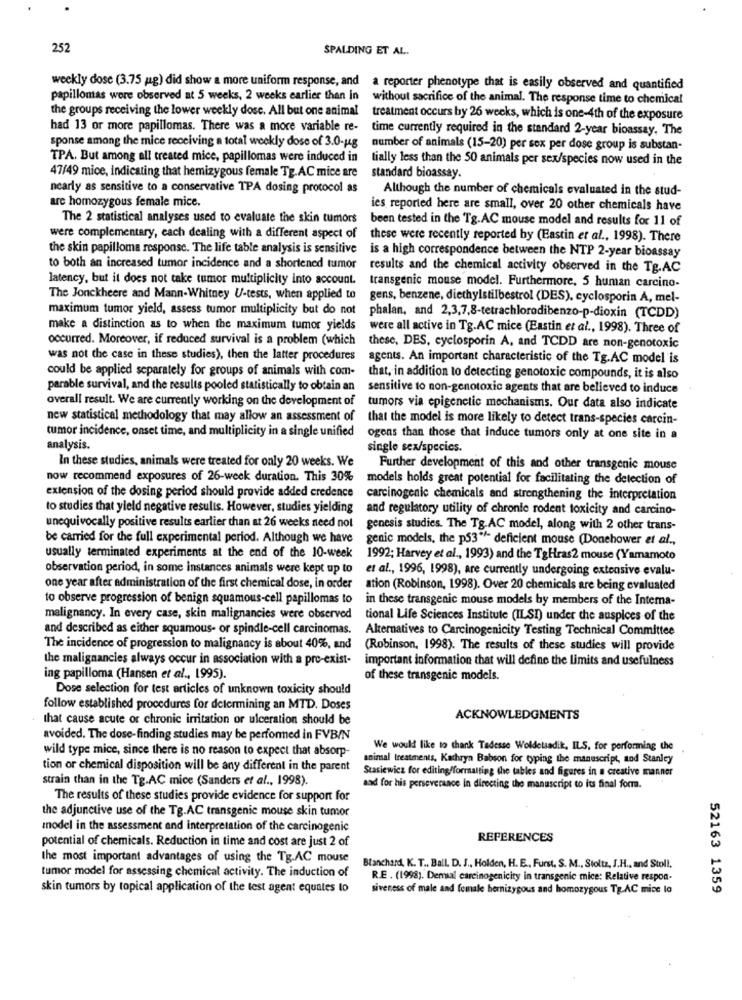
252
SPALDING ET AL.
weekly dose (3.75 pg) did show a more uniform response, and a reporter phenotype that is easily observed and quantified
papillomas were observed at 5 weeks, 2 weeks earlier than in
without sacrifice of the animal. The response time to chemical
the groups receiving the lower weekly dosc. All but one animal
treatment occurs by 26 weeks, which is one-4th of the exposure
had 13 or more papillomas. There was a more variable re-
time currently required in the standard 2-year bioassay. The
sponse among the mice receiving a total weekly dose of 3.0-ug
number of animals (15-20) per sex per dose group is substan-
TPA. But among all treated mice, papillomas were induced in
tially less than the 50 animals per sex/species now used in the
47/49 mice, indicating that hemizygous female Tg.AC mice are
standard bioassay.
nearly as sensitive to a conservative TPA dosing protocol as
Although the number of chemicals evaluated in the stud-
are homozygous female mice.
ies reported here are small, over 20 other chemicals have
The 2 statistical analyses used to evaluate the skin tumors
been tested in the Tg.AC mouse model and results for 11 of
were complementary, each dealing with a different aspect of
these were recently reported by (Eastin et al ., 1998). There
the skin papilloma response. The life table analysis is sensitive
is a high correspondence between the NTP 2-year bioassay
to both an increased tumor incidence and a shortened tumor
results and the chemical activity observed in the Tg.AC
latency, but it does not take tumor multiplicity into account.
transgenic mouse model. Furthermore, 5 human carcino-
The Jonckheere and Mann-Whitney U-tests, when applied to
gens, benzene, diethylstilbestrol (DES), cyclosporin A, mel-
maximum tumor yield, assess tumor multiplicity but do not
phalan, and 2,3,7,8-tetrachlorodibenzo-p-dioxin (TCDD)
make a distinction as to when the maximum tumor yields
were all active in Tg.AC mice (Eastin et al ., 1998). Three of
occurred. Moreover, if reduced survival is a problem (which
these, DES, cyclosporin A, and TCDD are non-genotoxic
was not the case in these studies), then the latter procedures
agents. An important characteristic of the Tg.AC model is
could be applied separately for groups of animals with com-
that, in addition to detecting genotoxic compounds, it is also
parable survival, and the results pooled statistically to obtain an
sensitive to non-genotoxic agents that are believed to induce
overall result. We are currently working on the development of
tumors via epigenetic mechanisms. Our data also indicate
new statistical methodology that may allow an assessment of
that the model is more likely to detect trans-species carcin-
tumor incidence, onset time, and multiplicity in a single unified
ogens than those that induce tumors only at one site in a
analysis.
single sex/species.
In these studies, animals were treated for only 20 weeks. We
Further development of this and other transgenic mouse
now recommend exposures of 26-week duration. This 30%
models holds great potential for facilitating the detection of
extension of the dosing period should provide added credence
carcinogenic chemicals and strengthening the interpretation
to studies that yield negative results. However, studies yielding
and regulatory utility of chronic rodent toxicity and carcino-
unequivocally positive results earlier than at 26 weeks need not
genesis studies. The Tg.AC model, along with 2 other trans-
be carried for the full experimental period. Although we have
genic models, the p53 ** deficient mouse (Donehower et al .,
usually terminated experiments at the end of the 10-week
1992; Harvey et al ., 1993) and the TgHras2 mouse (Yamamoto
observation period, in some instances animals were kept up to
et al ., 1996, 1998), are currently undergoing extensive evalu-
one year after administration of the first chemical dose, in order
ation (Robinson, 1998). Over 20 chemicals are being evaluated
to observe progression of benign squamous-cell papillomas to
in these transgenic mouse models by members of the Interna-
malignancy. In every case, skin malignancies were observed
tional Life Sciences Institute (ILSI) under the auspices of the
and described as either squamous- or spindle-cell carcinomas.
Alternatives to Carcinogenicity Testing Technical Committee
The incidence of progression to malignancy is about 40%, and
(Robinson, 1998). The results of these studies will provide
the malignancies always occur in association with a pre-exist- important information that will define the limits and usefulness
ing papilloma (Hansen et al ., 1995).
of these transgenic models.
Dose selection for test articles of unknown toxicity should
follow established procedures for determining an MTD. Doses
that cause acute or chronic irritation or ulceration should be
ACKNOWLEDGMENTS
avoided. The dose-finding studies may be performed in FVBIN
wild type mice, since there is no reason to expect that absorp-
We would like to thank Tadesse Woldetsadik, ILS, for performing the
animal treatments, Kathryn Babson for typing the manuscript, and Stanley
tion or chemical disposition will be any different in the parent
Stasiewicz for editing/formatting the tables and figures in a creative manner
strain than in the Tg.AC mice (Sanders et al ., 1998).
aad for his perseverance in directing the manuscript to its final form.
The results of these studies provide evidence for support for
the adjunctive use of the Tg.AC transgenic mouse skin tumor
model in the assessment and interpretation of the carcinogenic
potential of chemicals. Reduction in time and cost are just 2 of
REFERENCES
the most important advantages of using the Tg.AC mouse
tumor model for assessing chemical activity. The induction of
Blanchard, K. T ., Ball. D. J ., Holden, H. E ., Furst. S. M ., Stoltz, J.H ., and Stoll.
R.E . (1998). Demaal carcinogenicity in transgenic mice: Relative respon-
skin tumors by topical application of the test agent equates to
siveness of male and female bernizygous and homozygous Tg.AC mice lo
52163 1359